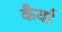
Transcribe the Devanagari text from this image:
कैर्वा